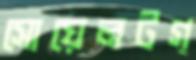
সোয়েলটগ্